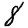
Digit: 8